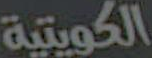
الكويتية